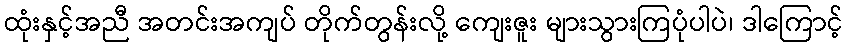
ထုံးနှင့်အညီ အတင်းအကျပ် တိုက်တွန်းလို့ ကျေးဇူး များသွားကြပုံပါပဲ၊ ဒါကြောင့်